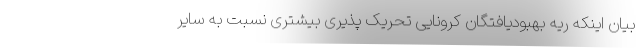
بیان اینکه ریه بهبودیافتگان کرونایی تحریک پذیری بیشتری نسبت به سایر